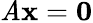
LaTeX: \mathit{A}\mathbf{{x}}=\mathbf{{0}}